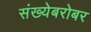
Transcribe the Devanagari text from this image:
संख्येबरोबर